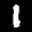
Label: 1